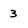
Character: 3